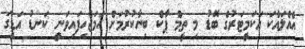
އެއްްލައްކަ އަކަމީޓަރުގެ ބޮޑު މި ތީމް ޕާކް ބިނާކުރުމަށް ހަމަޖެހިފައިވަނީ ކަނޑު އަޑީގަ